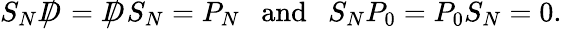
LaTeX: S_{N}D\! \! \! \! /\ =D\! \! \! \! /\ S_{N}=P_{N}~~~\mathrm{and}~~~S_{N}P_{0}=P_{0}S_{N}=0.